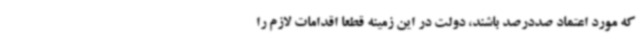
که مورد اعتماد صددرصد باشند، دولت در این زمینه قطعا اقدامات لازم را